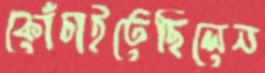
কোঁচাইতেছিলেন